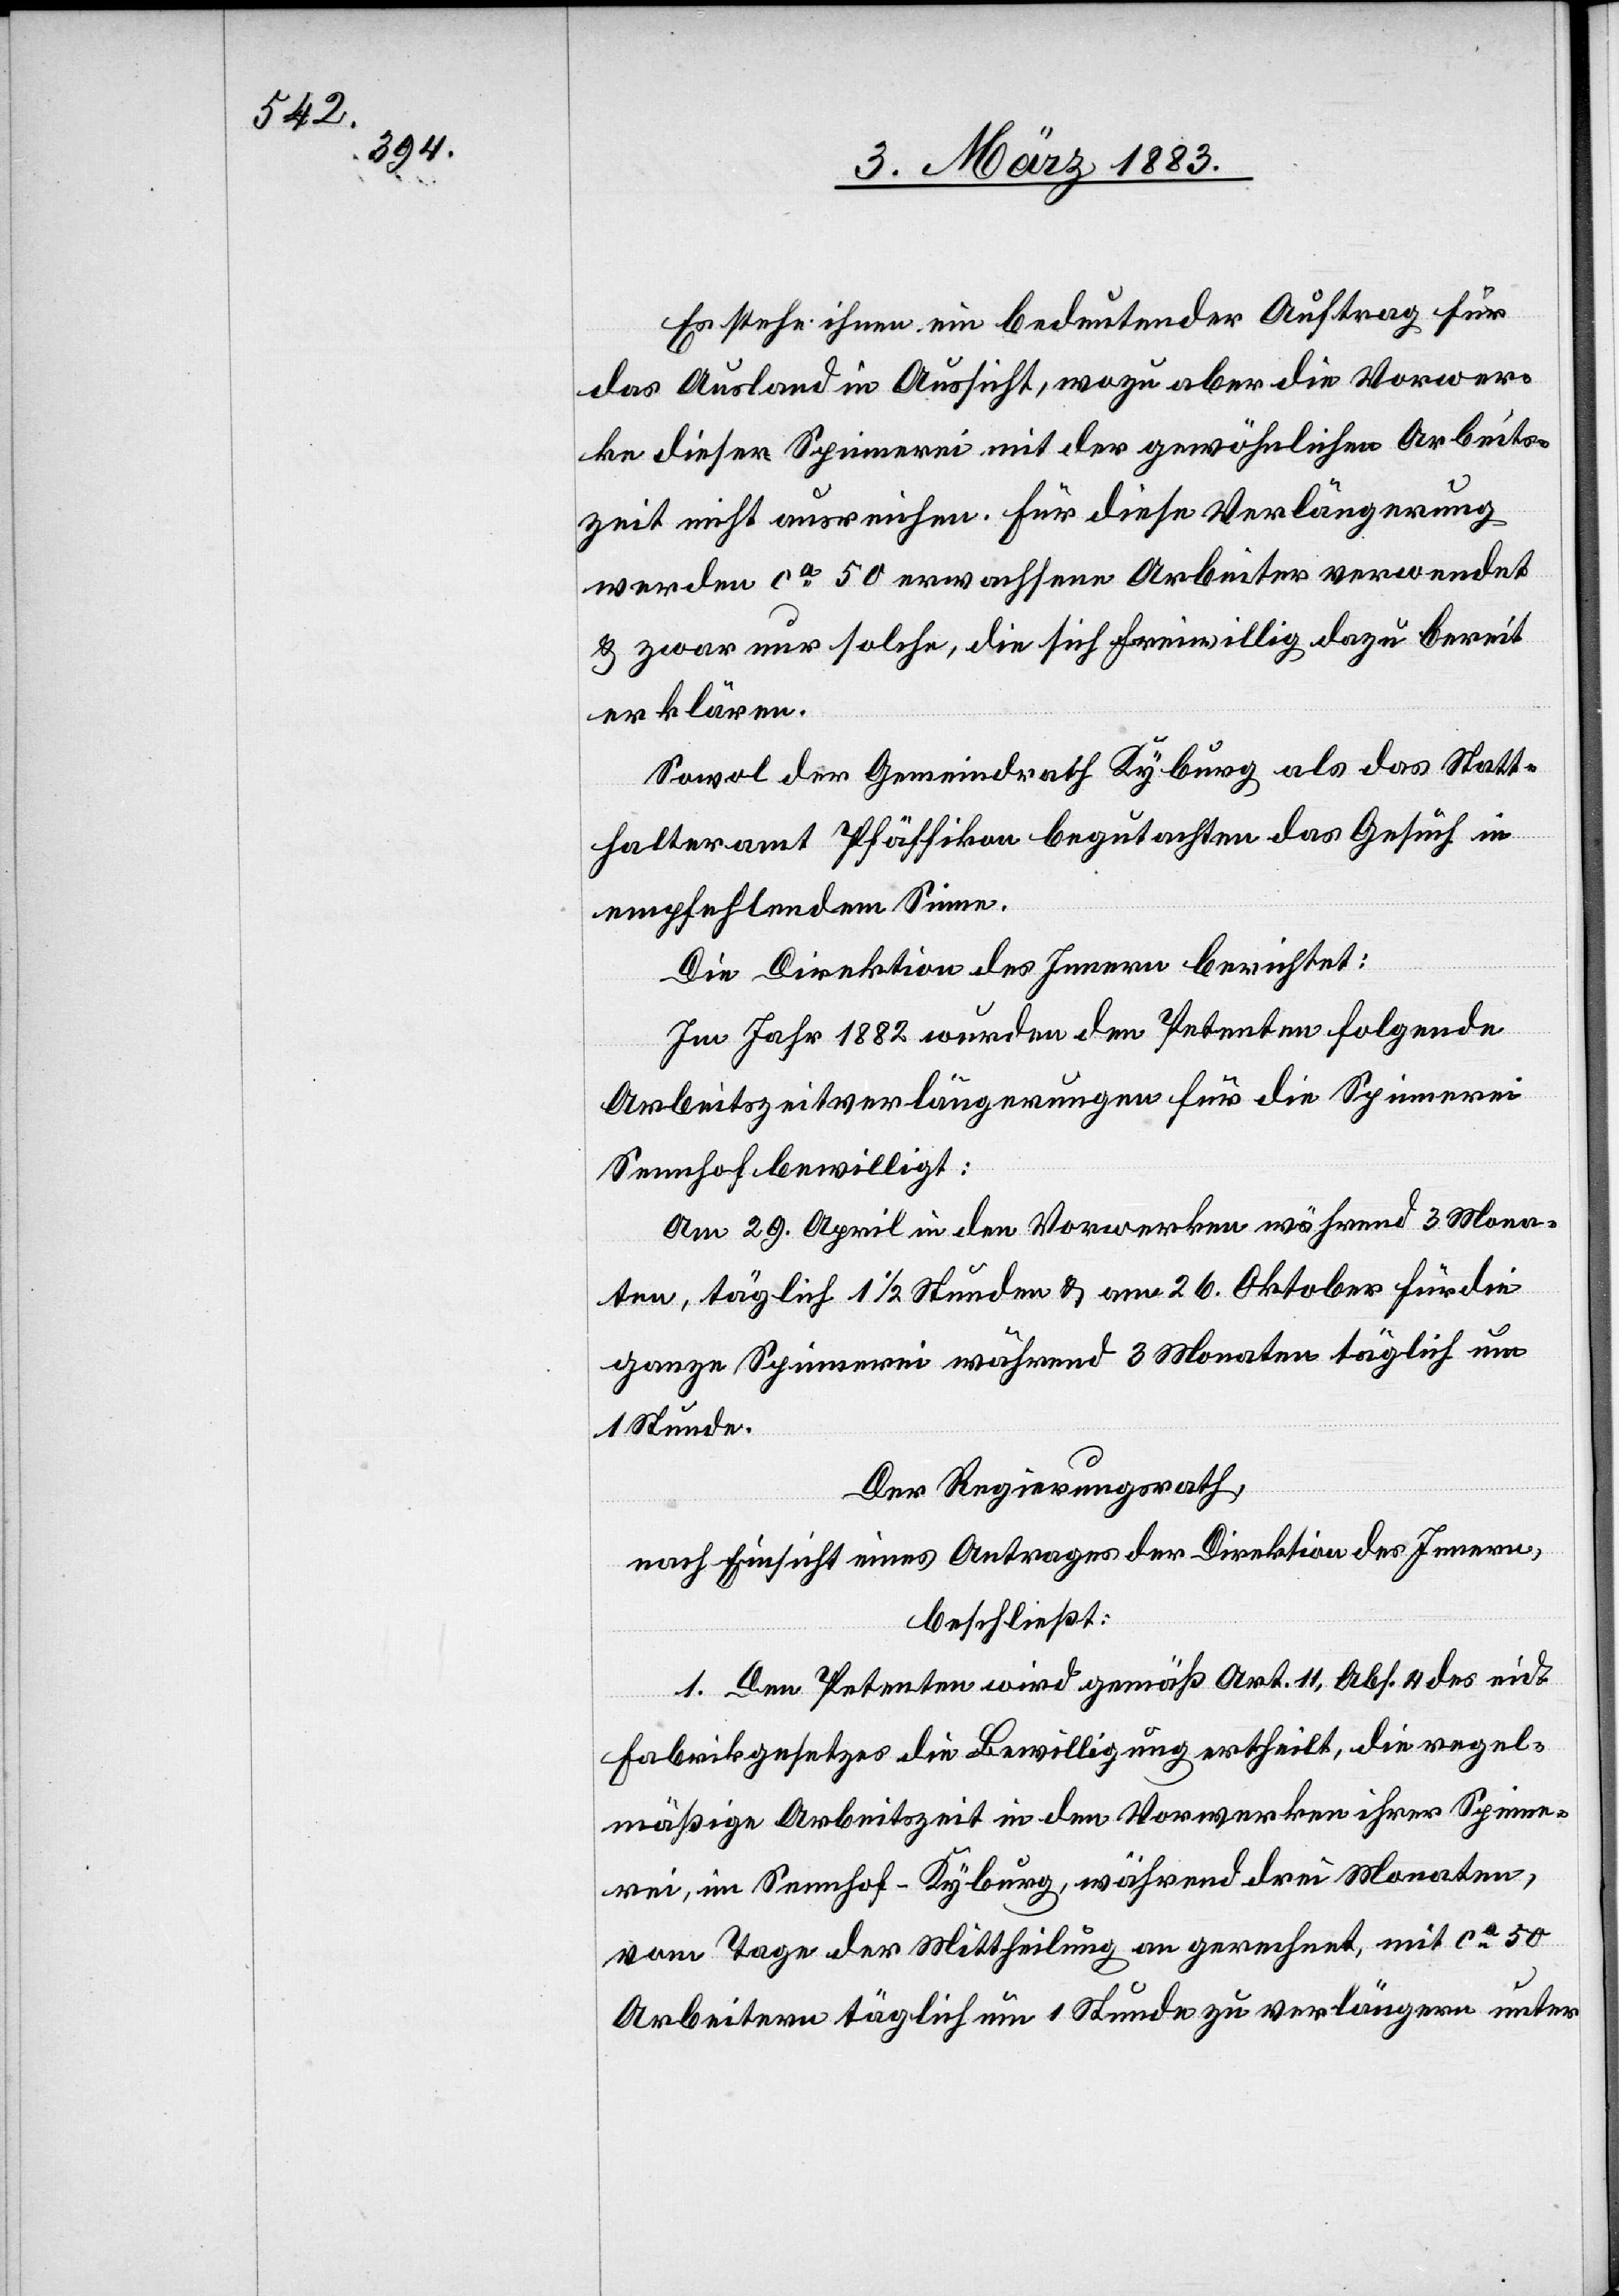
Es stehe ihnen ein bedeutender Auftrag für
das Ausland in Aussicht, wozu aber die Vorwer¬
ke dieser Spinnerei mit der gewöhnlichen Arbeits¬
zeit nicht ausreichen. Für diese Verlängerung
werden ca 50 erwachsene Arbeiter verwendet
& zwar nur solche, die sich freiwillig dazu bereit
erklären.
Sowol der Gemeindrath Kyburg als das Statt¬
halteramt Pfäffikon begutachten das Gesuch in
empfehlendem Sinne.
Die Direktion des Innern berichtet:
Im Jahr 1882 wurden den Petenten folgende
Arbeitszeitverlängerungen für die Spinnerei
Sennhof bewilligt:
Am 29. April in den Vorwerken während 3 Mona¬
ten, täglich 1 1/2 Stunden & am 26. Oktober für die
ganze Spinnerei während 3 Monaten täglich um
1 Stunde.
Der Regierungsrath,
nach Einsicht eines Antrages der Direktion des Innern,
beschließt:
1. Den Petenten wird gemäß Art. 11, Abs. 4 des eid.
Fabrikgesetzes die Bewilligung ertheilt, die regel¬
mäßige Arbeitszeit in den Vorwerken ihrer Spinne¬
rei, im Sennhof - Kyburg, während drei Monaten,
vom Tage der Mittheilung an gerechnet, mit ca 50
Arbeitern täglich um 1 Stunde zu verlängern unter